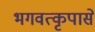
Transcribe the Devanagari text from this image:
भगवत्कृपासे